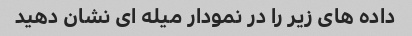
داده های زیر را در نمودار میله ای نشان دهید